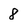
Character: 8